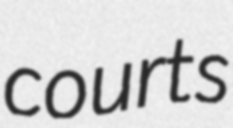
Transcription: courts